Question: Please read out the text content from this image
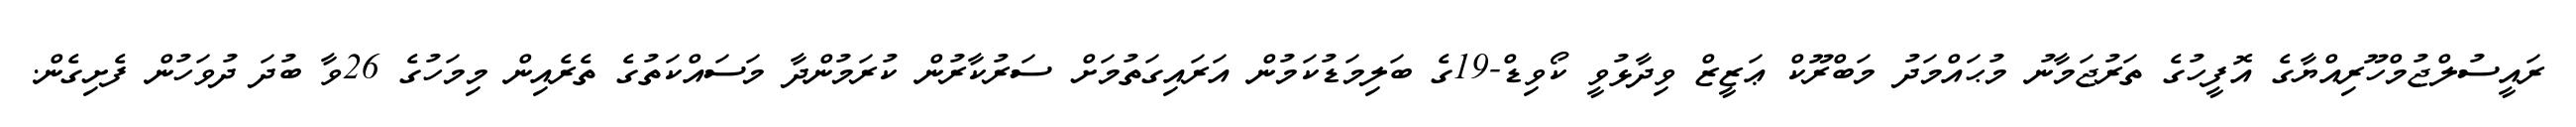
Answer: ރައީސުލްޖުމްހޫރިއްޔާގެ އޮފީހުގެ ތަރުޖަމާނު މުޙައްމަދު މަބްރޫކް ޢަޒީޒް ވިދާޅުވީ ކޯވިޑް-19ގެ ބަލިމަޑުކަމުން އަރައިގަތުމަށް ސަރުކާރުން ކުރަމުންދާ މަސައްކަތުގެ ތެރެއިން މިމަހުގެ 26ވާ ބުދަ ދުވަހުން ފެށިގެން.